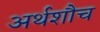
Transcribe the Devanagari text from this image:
अर्थशौच